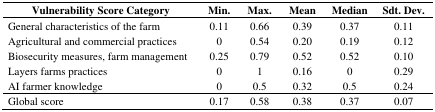
| Vulnerability Score Category | Min. | Max. | Mean | Median | Sdt. Dev. |
 | --- | --- | --- | --- | --- | --- |
 | General characteristics of the farm | 0.11 | 0.66 | 0.39 | 0.37 | 0.11 |
 | Agricultural and commercial practices | 0 | 0.54 | 0.20 | 0.19 | 0.12 |
 | Biosecurity measures, farm management | 0.25 | 0.79 | 0.52 | 0.52 | 0.10 |
 | Layers farms practices | 0 | 1 | 0.16 | 0 | 0.29 |
 | AI farmer knowledge | 0 | 0.5 | 0.32 | 0.5 | 0.24 |
 | Global score | 0.17 | 0.58 | 0.38 | 0.37 | 0.07 |